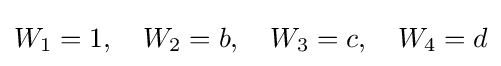
W_{1}=1,\quad W_{2}=b,\quad W_{3}=c,\quad W_{4}=d